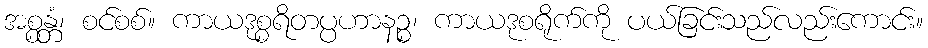
အစ္စန္တံ၊ စင်စစ်။ ကာယဒုစ္စရိတပ္ပဟာနဉ္စ၊ ကာယဒုစရိုက်ကို ပယ်ခြင်းသည်လည်းကောင်း။